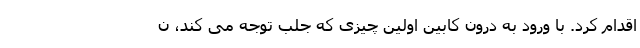
اقدام کرد. با ورود به درون کابین اولین چیزی که جلب توجه می کند، ن